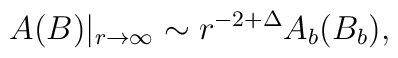
A(B)|_{r \to \infty} \sim r^{-2 + \Delta} A_b(B_b),